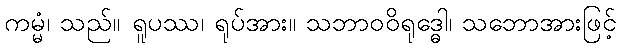
ကမ္မံ၊ သည်။ ရူပဿ၊ ရုပ်အား။ သဘာဝဝိရုဒ္ဓေါ၊ သဘောအားဖြင့်